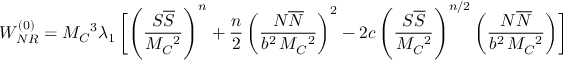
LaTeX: W _ { N R } ^ { ( 0 ) } = M _ { C } { } ^ { 3 } \lambda _ { 1 } \, \biggl [ \left( \frac { S \overline { { S } } } { M _ { C } { } ^ { 2 } } \right) ^ { n } + \frac { n } { 2 } \left( \frac { N \overline { { N } } } { b ^ { 2 } \, M _ { C } { } ^ { 2 } } \right) ^ { 2 } - 2 c \left( \frac { S \overline { { S } } } { M _ { C } { } ^ { 2 } } \right) ^ { n / 2 } \left( \frac { N \overline { { N } } } { b ^ { 2 } \, M _ { C } { } ^ { 2 } } \right) \biggr ]